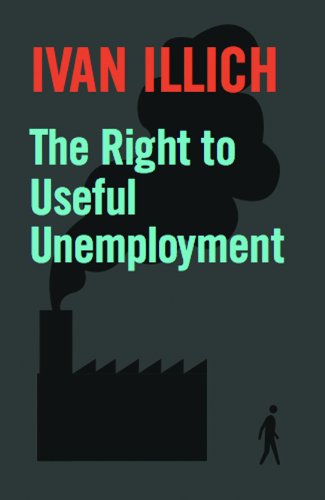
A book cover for The Right to Useful Unemployment: And Its Professional Enemies; Ivan Illich; Business & Money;